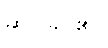
ဆင်ခြင်၏။